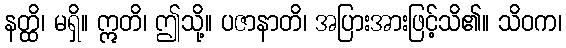
နတ္ထိ၊ မရှိ။ ဣတိ၊ ဤသို့။ ပဇာနာတိ၊ အပြားအားဖြင့်သိ၏။ သိဝက၊